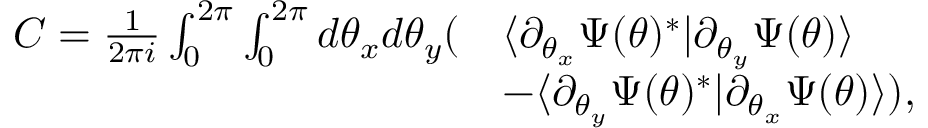
\begin{array} { r l } { C = \frac { 1 } { 2 \pi i } \int _ { 0 } ^ { 2 \pi } \int _ { 0 } ^ { 2 \pi } d \theta _ { x } d \theta _ { y } ( } & { \langle \partial _ { \theta _ { x } } \Psi ( \theta ) ^ { * } | \partial _ { \theta _ { y } } \Psi ( \theta ) \rangle } \\ & { - \langle \partial _ { \theta _ { y } } \Psi ( \theta ) ^ { * } | \partial _ { \theta _ { x } } \Psi ( \theta ) \rangle ) , } \end{array}